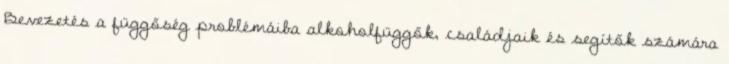
Bevezetés a függőség problémáiba alkoholfüggők, családjaik és segítők számára